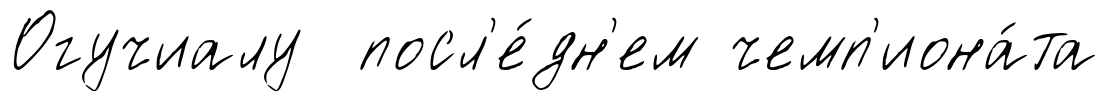
Огучиалу посл'е́дн'ем чемп'иона́та